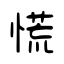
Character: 慌